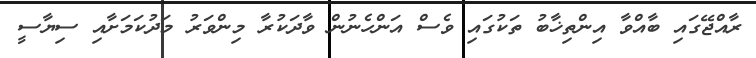
ރާއްޖޭގައި ބާއްވާ އިންތިޚާބު ތަކުގައި ވެސް އަންހެނުން ވާދަކުރާ މިންވަރު މަދުކަމަށާއި ސިޔާސީ